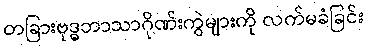
တခြားဗုဒ္ဓဘာသာဂိုဏ်းကွဲများကို လက်မခံခြင်း